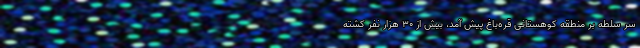
سر سلطه بر منطقه کوهستانی قره‌باغ پیش آمد، بیش از ۳۰ هزار نفر کشته